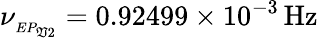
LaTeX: \nu_{_{EP_{\mathfrak{V}2}}}=0.92499\times10^{-3}\, \mathrm{{{Hz}}}